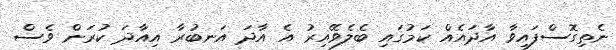
ނެތިގޮސްފައިވާ އާދައެއް ކަމުގައި ބެލެވޭއިރު އެ އާދަ އަނބުރާ އިއާދަ ކުރަން ވެސް